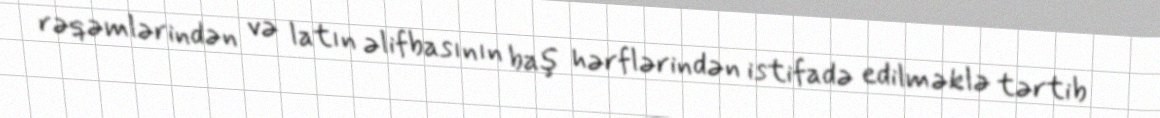
rəqəmlərindən və latın əlifbasının baş hərflərindən istifadə edilməklə tərtib